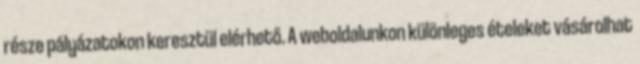
része pályázatokon keresztül elérhető. A weboldalunkon különleges ételeket vásárolhat